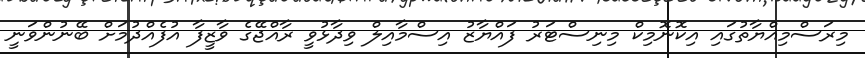
މިރަސްމިއްޔާތުގައި އިކޮނޮމިކް މިނިސްޓަރު ފައްޔާޒު އިސްމާއިލް ވިދާޅުވީ ރާއްޖޭގެ ވާޒީފާ އުފެއްދުމަށް ބޭނުންވަނީ